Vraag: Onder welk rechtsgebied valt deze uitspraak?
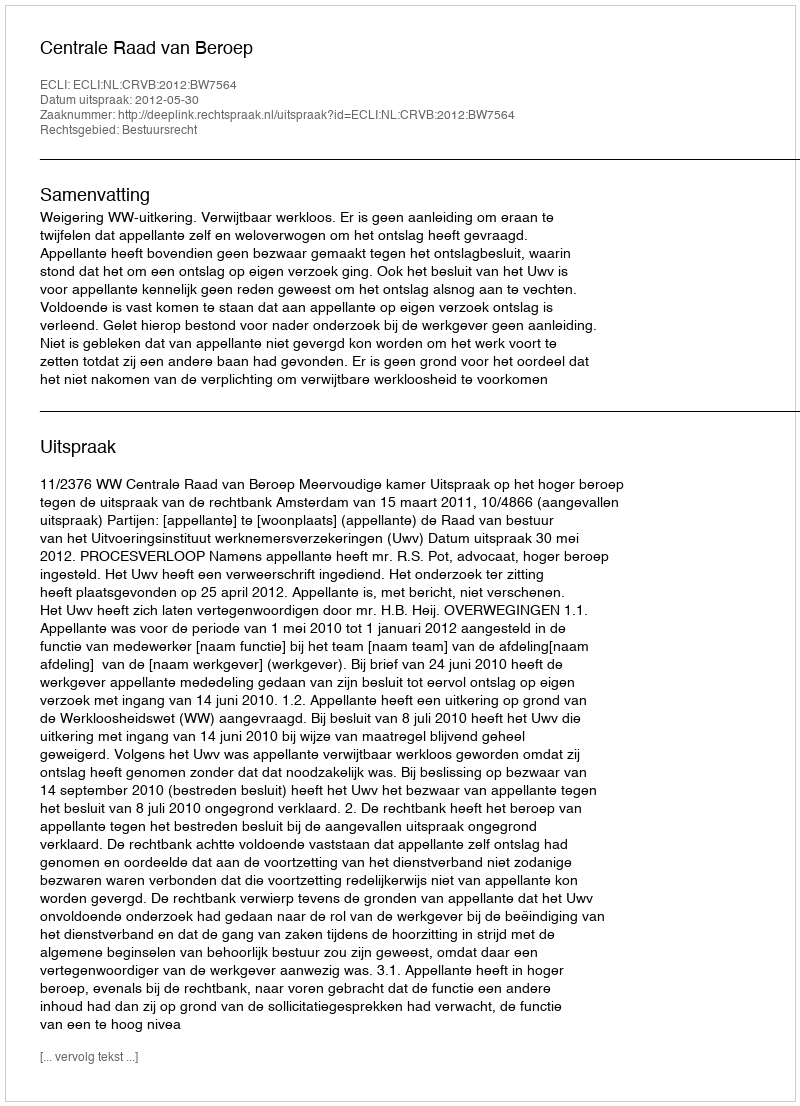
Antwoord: Bestuursrecht